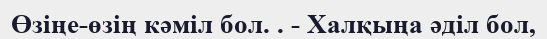
Өзіңе-өзің кәміл бол. . - Халқыңа әділ бол,